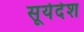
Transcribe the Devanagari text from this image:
सूर्यदेश